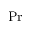
\mathrm { P r }